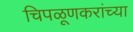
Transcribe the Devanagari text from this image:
चिपळूणकरांच्या